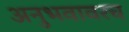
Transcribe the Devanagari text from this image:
अनुभवावरच